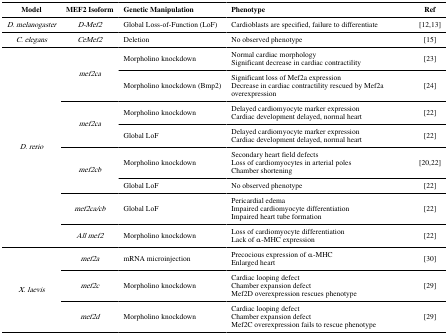
| Model | MEF2 Isoform | Genetic Manipulation | Phenotype | Ref |
 | --- | --- | --- | --- | --- |
 | D. melanogaster | D-Mef2 | Global Loss-of-Function (LoF) | Cardioblasts are specified, failure to differentiate | [12,13] |
 | C. elegans | CeMef2 | Deletion | No observed phenotype | [15] |
 | <ROWSPAN=8> D. rerio | <ROWSPAN=2> mef2ca | Morpholino knockdown | Normal cardiac morphologySignificant decrease in cardiac contractility | [23] |
 | Morpholino knockdown (Bmp2) | Significant loss of Mef2a expressionDecrease in cardiac contractility rescued by Mef2a overexpression | [24] |
 | <ROWSPAN=2> mef2ca | Morpholino knockdown | Delayed cardiomyocyte marker expressionCardiac development delayed, normal heart | [22] |
 | Global LoF | Delayed cardiomyocyte marker expressionCardiac development delayed, normal heart | [22] |
 | <ROWSPAN=2> mef2cb | Morpholino knockdown | Secondary heart field defectsLoss of cardiomyocytes in arterial polesChamber shortening | [20,22] |
 | Global LoF | No observed phenotype | [22] |
 | mef2ca/cb | Global LoF | Pericardial edemaImpaired cardiomyocyte differentiationImpaired heart tube formation | [22] |
 | All mef2 | Morpholino knockdown | Loss of cardiomyocyte differentiationLack of α-MHC expression | [22] |
 | <ROWSPAN=3> X. laevis | mef2a | mRNA microinjection | Precocious expression of α-MHCEnlarged heart | [30] |
 | mef2c | Morpholino knockdown | Cardiac looping defectChamber expansion defectMef2D overexpression rescues phenotype | [29] |
 | mef2d | Morpholino knockdown | Cardiac looping defectChamber expansion defectMef2C overexpression fails to rescue phenotype | [29] |